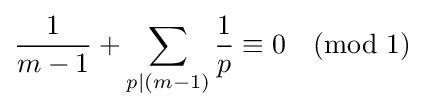
{\frac {1}{m-1}}+\sum _{p|(m-1)}{\frac {1}{p}}\equiv 0{\pmod {1}}